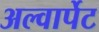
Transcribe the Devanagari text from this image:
अल्वार्पेट